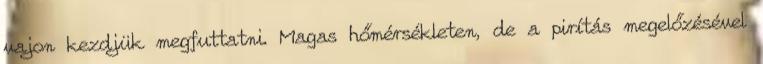
vajon kezdjük megfuttatni. Magas hőmérsékleten, de a pirítás megelőzésével